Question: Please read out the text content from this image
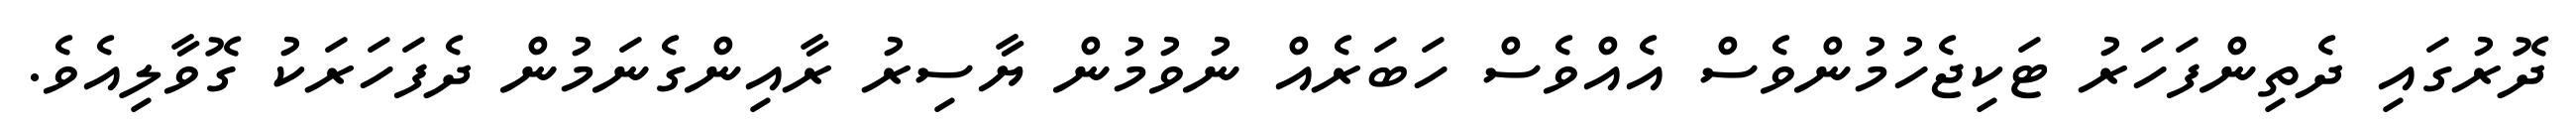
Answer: ދޮރުގައި ދެތިންފަހަރު ޓަކިޖެހުމުންވެސް އެއްވެސް ހަބަރެއް ނުވުމުން ޔާސިރު ރާއިންގެނަމުން ދެފަހަރަކު ގޮވާލިއެވެ.